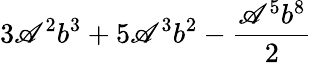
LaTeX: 3\mathscr{A}^{2}b^{3}+5\mathscr{A}^{3}b^{2}-\frac{{\mathscr{A}^{5}b^{8}}}{{2}}